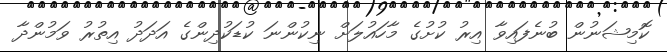
ކޮމިޝަނުން ބުނެފައިވާ އިރު ކުށުގެ މާހައުލަށް ނިކުންނަ ކުޑަކުދިންގެ އަދަދު އިތުރު ވަމުންދާ